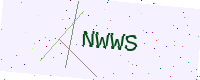
Text: NWWS